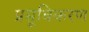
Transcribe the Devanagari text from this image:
प्रसूचिकरण